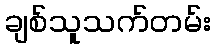
ချစ်သူသက်တမ်း